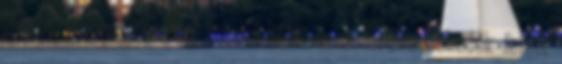
, mint a nemesfémmel kereskedők és az árukereskedők felett